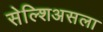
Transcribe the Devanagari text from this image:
सेल्शिअसला